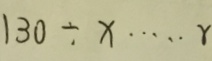
1 3 0 \div x \cdots r